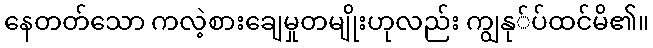
နေတတ်သော ကလဲ့စားချေမှုတမျိုးဟုလည်း ကျွနု်ပ်ထင်မိ၏။